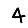
Digit: 4